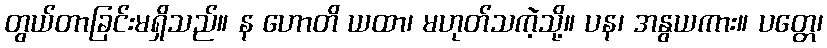
တွယ်တာခြင်းမရှိသည်။ န ဟောတိ ယထာ၊ မဟုတ်သကဲ့သို့။ ပန၊ အနွယကား။ ပတ္တေ၊